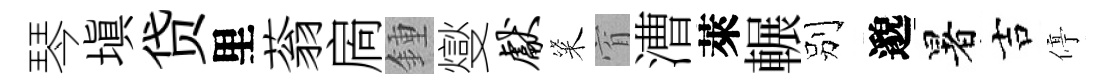
琴填贷里蓊扄鍾燮献粢窅漕萊輾别邈暑吉停